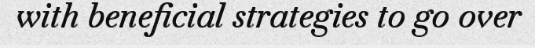
with beneficial strategies to go over